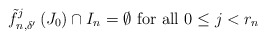
\begin{align*}\tilde{f}_{n,\delta'}^j\left(J_0\right)\cap I_n=\emptyset\textrm{ for all }0\leq j<r_n\end{align*}